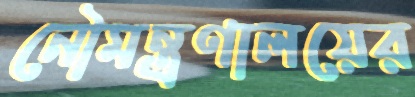
নৌমন্ত্রণালয়ের